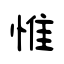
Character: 惟